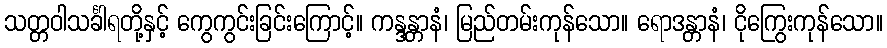
သတ္တဝါသင်္ခါရတို့နှင့် ကွေကွင်းခြင်းကြောင့်။ ကန္ဒန္တာနံ၊ မြည်တမ်းကုန်သော။ ရောဒန္တာနံ၊ ငိုကြွေးကုန်သော။